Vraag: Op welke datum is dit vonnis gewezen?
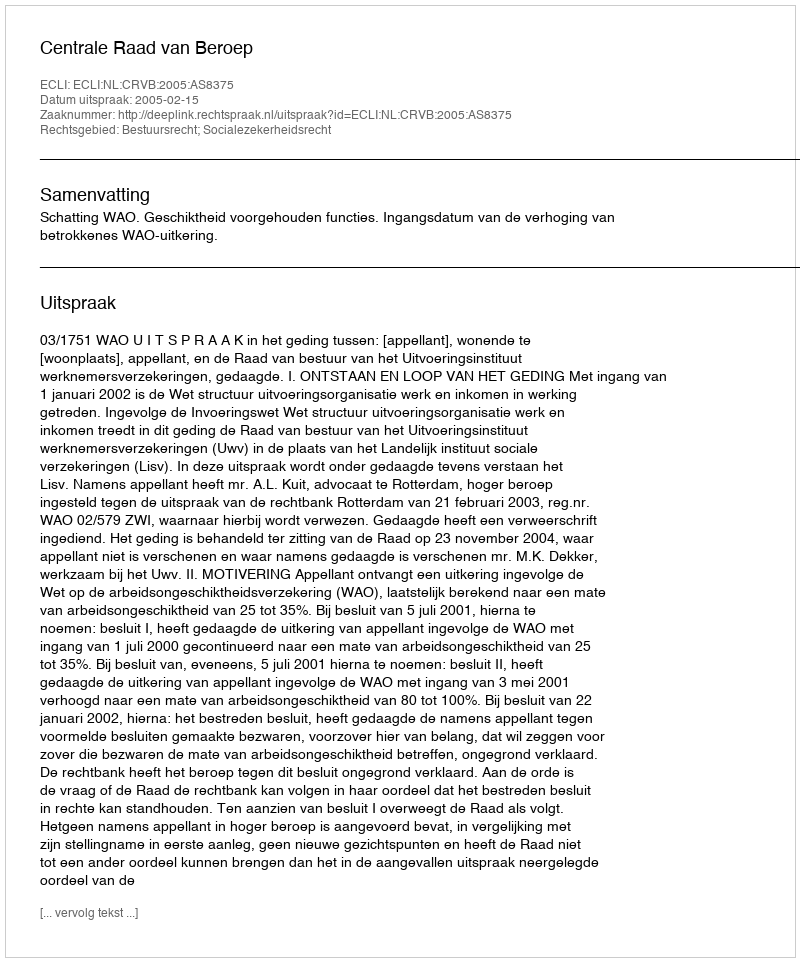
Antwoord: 2005-02-15